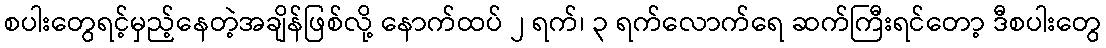
စပါးတွေရင့်မှည့်နေတဲ့အချိန်ဖြစ်လို့ နောက်ထပ် ၂ ရက်၊ ၃ ရက်လောက်ရေ ဆက်ကြီးရင်တော့ ဒီစပါးတွေ